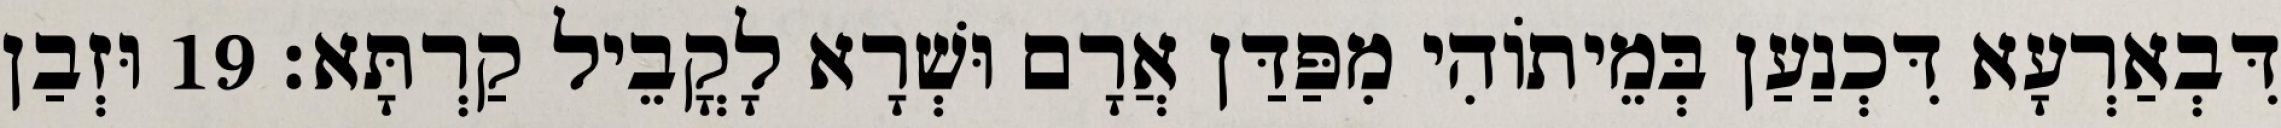
דִּבְאַרְעָא דִּכְנַעַן בְּמֵיתוֹהִי מִפַּדַּן אֲרָם וּשְׁרָא לָקֳבֵיל קַרְתָּא׃ 19 וּזְבַן